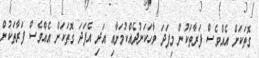
ގޮތަކަށް އެއްވެސް ފަރާތަކުން މިފަދަ ވާހަކަނުދެއްކުމަށާއި އަދި އެފަދަ ގޮތަކަށް އެއްވެސް ފަރާތަކުން